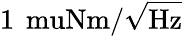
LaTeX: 1\, \mathrm{\ muNm/\sqrt{Hz}}